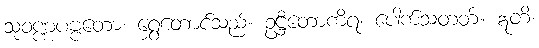
သုဝဏ္ဏပဗ္ဗတော၊ ရွှေတောင်သည်။ ဥဋ္ဌိတောကိရ၊ ပေါက်သတတ်။ ဣတိ၊